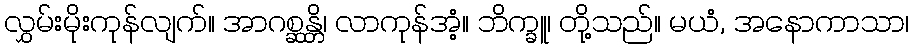
လွှမ်းမိုးကုန်လျက်။ အာဂစ္ဆန္တိ၊ လာကုန်အံ့။ ဘိက္ခူ၊ တို့သည်။ မယံ, အနောကာသာ၊